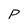
Character: P